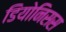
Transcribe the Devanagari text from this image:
डियोनिसस